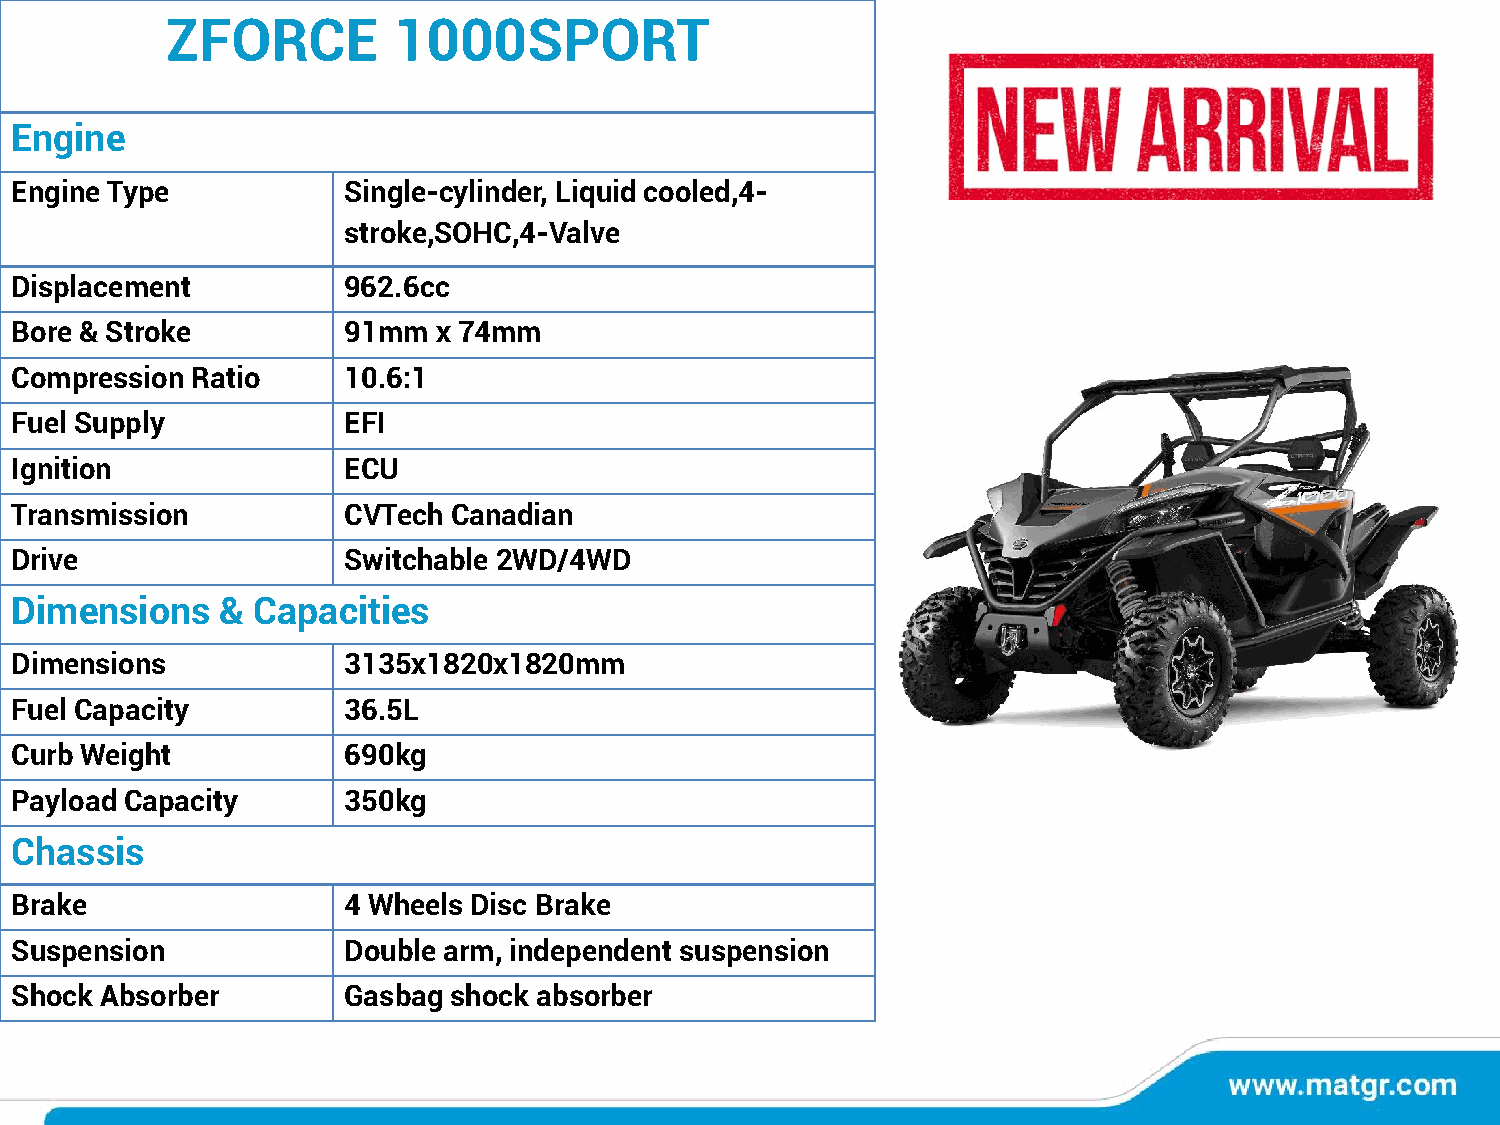
ZFORCE         1000SPORT
 Engine
 Engine Type           Single-cylinder, Liquid cooled,4-
 stroke,SOHC,4-Valve
 Displacement          962.6cc
 Bore & Stroke         91mm  x 74mm
 Compression Ratio     10.6:1
 Fuel Supply           EFI
 Ignition              ECU
 Transmission          CVTech Canadian
 Drive                 Switchable 2WD/4WD
 Dimensions   &  Capacities
 Dimensions            3135x1820x1820mm
 Fuel Capacity         36.5L
 Curb Weight           690kg
 Payload Capacity      350kg
 Chassis
 Brake                 4 Wheels Disc Brake
 Suspension            Double arm, independent suspension
 Shock Absorber        Gasbag shock absorber